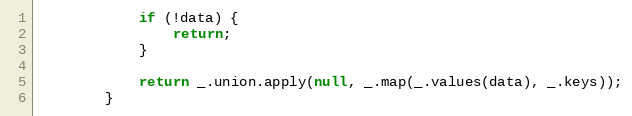
Language: JavaScript
            if (!data) {
                return;
            }

            return _.union.apply(null, _.map(_.values(data), _.keys));
        }